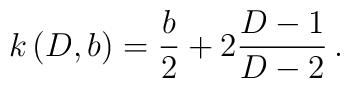
k\,(D,b) = {b\over 2} + 2 {D-1\over D-2}\, .